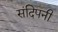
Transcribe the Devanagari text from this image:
संदिपनी